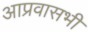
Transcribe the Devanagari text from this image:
आप्रवासभी